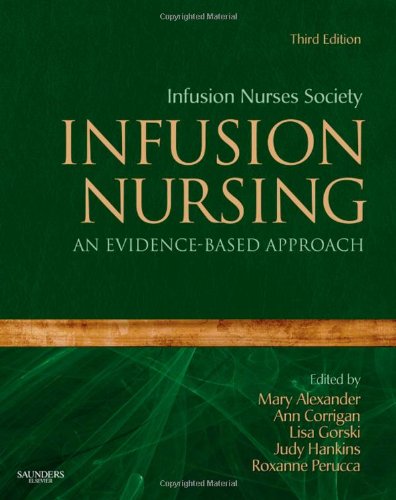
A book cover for Infusion Nursing: An Evidence-Based Approach, 3e (Alexander, Infusion Nursing); Infusion Nurses Society; Medical Books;